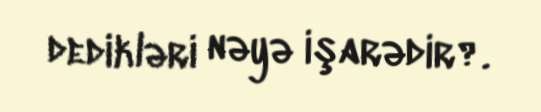
dedikləri nəyə işarədir?.